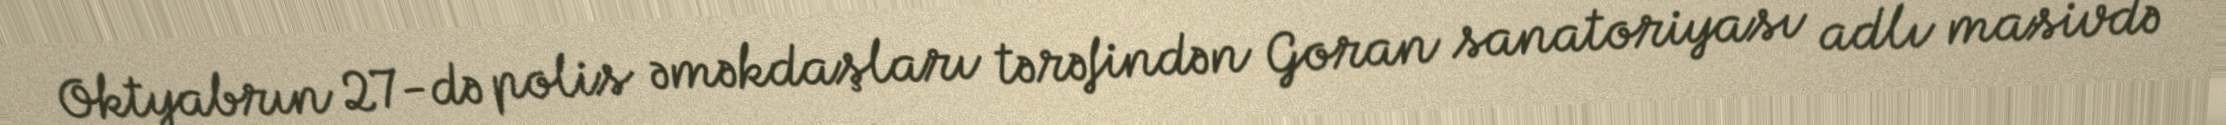
Oktyabrın 27-də polis əməkdaşları tərəfindən Goran sanatoriyası adlı masivdə